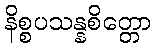
နိစ္စပသန္နစိတ္တော